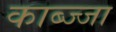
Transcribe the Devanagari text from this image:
काब्ज्जा